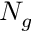
N _ { g }